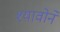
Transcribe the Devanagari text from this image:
श्यावोने